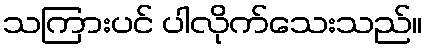
သကြားပင် ပါလိုက်သေးသည်။